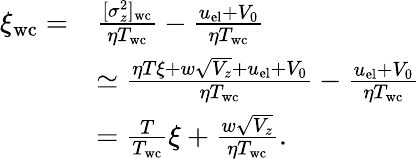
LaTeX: \begin{array}{rl}{\xi_{\mathrm{wc}}=}&{\frac{[\sigma_{z}^{2}]_{\mathrm{wc}}}{\eta T_{\mathrm{wc}}}-\frac{u_{\mathrm{el}}+V_{0}}{\eta T_{\mathrm{wc}}}}\\ &{\simeq\frac{\eta T\xi+w\sqrt{V_{z}}+u_{\mathrm{el}}+V_{0}}{\eta T_{\mathrm{wc}}}-\frac{u_{\mathrm{el}}+V_{0}}{\eta T_{\mathrm{wc}}}}\\ &{=\frac{T}{T_{\mathrm{wc}}}\xi+\frac{w\sqrt{V_{z}}}{\eta T_{\mathrm{wc}}}.}\end{array}